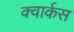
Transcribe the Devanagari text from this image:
क्वार्कस